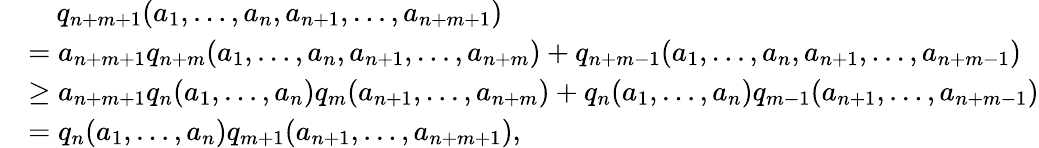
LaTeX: \begin{array}{rl}&{\ \ \ \ q_{n+m+1}(a_{1},\ldots,a_{n},a_{n+1},\ldots,a_{n+m+1})}\\ &{=a_{n+m+1}q_{n+m}(a_{1},\ldots,a_{n},a_{n+1},\ldots,a_{n+m})+q_{n+m-1}(a_{1},\ldots,a_{n},a_{n+1},\ldots,a_{n+m-1})}\\ &{\ge a_{n+m+1}q_{n}(a_{1},\ldots,a_{n})q_{m}(a_{n+1},\ldots,a_{n+m})+q_{n}(a_{1},\ldots,a_{n})q_{m-1}(a_{n+1},\ldots,a_{n+m-1})}\\ &{=q_{n}(a_{1},\ldots,a_{n})q_{m+1}(a_{n+1},\ldots,a_{n+m+1}),}\end{array}